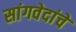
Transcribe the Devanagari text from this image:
सांगवेदांचे